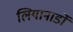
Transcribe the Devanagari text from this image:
लियानार्डो